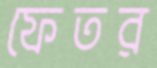
ফেতর